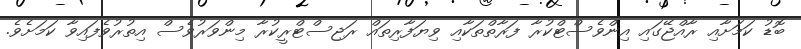
ބޮޑު ކަމަށާއި ރާއްޖޭގައި އިންވެސްޓްކުރާ ފަރާތްތަކާއި ވިޔަފާރިތައް ރަޖިސްޓްރީކުރާ މިންވަރުވެސް އިތުރުވެފައިވާ ކަަމަށެެވެ.